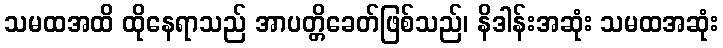
သမထအထိ ထိုနေရာသည် အာပတ္တိခေတ်ဖြစ်သည်၊ နိဒါန်းအဆုံး သမထအဆုံး